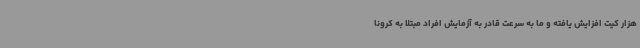
هزار کیت افزایش یافته و ما به سرعت قادر به آزمایش افراد مبتلا به کرونا